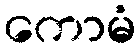
ကောမံ